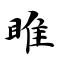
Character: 睢